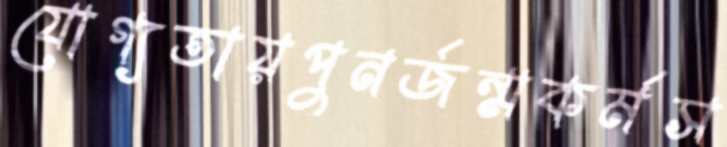
যোগ্যতায়পুনর্জন্মকর্মস